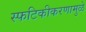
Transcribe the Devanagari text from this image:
स्फटिकीकरणामुळे